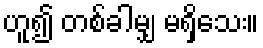
ဟူ၍ တစ်ခါမျှ မရှိသေး။